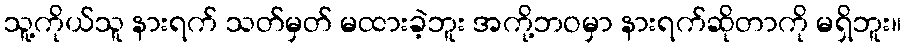
သူ့ကိုယ်သူ နားရက် သတ်မှတ် မထားခဲ့ဘူး အကို့ဘဝမှာ နားရက်ဆိုတာကို မရှိဘူး။